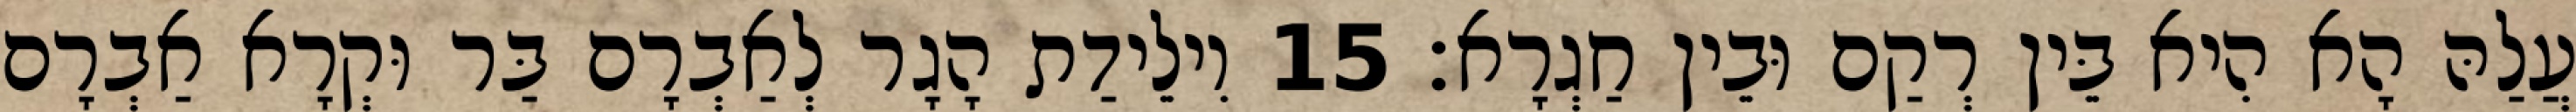
עֲלַהּ הָא הִיא בֵּין רְקַם וּבֵין חַגְרָא׃ 15 וִילֵידַת הָגָר לְאַבְרָם בַּר וּקְרָא אַבְרָם